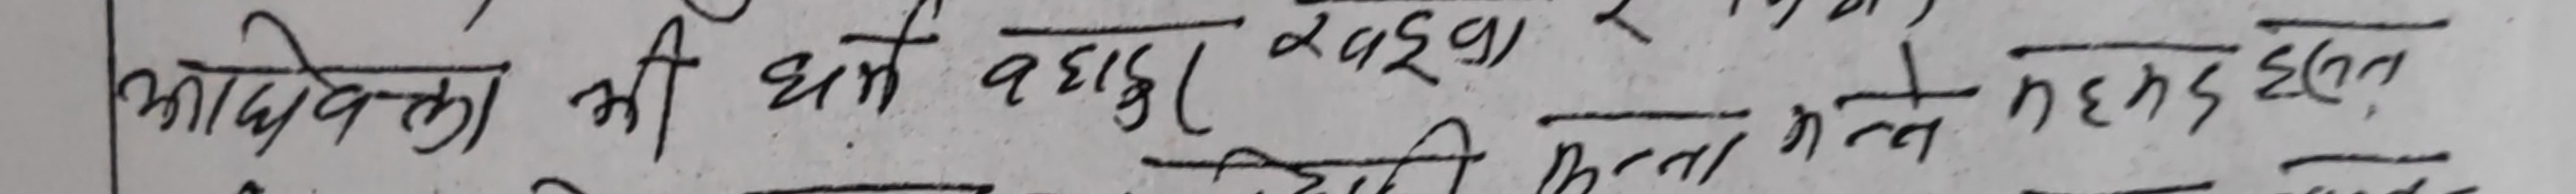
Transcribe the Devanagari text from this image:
आवेदकला भी धर्म बहादुर “२०६१” ले भैरव हल